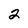
Character: 2